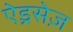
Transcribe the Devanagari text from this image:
ऐड्रसेज़